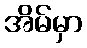
အိမ်မှာ